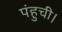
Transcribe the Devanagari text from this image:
पंहुची।